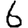
Digit: 6